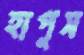
হাপুস